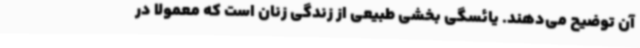
آن توضیح می‌دهند. یائسگی بخشی طبیعی از زندگی زنان است که معمولاً در